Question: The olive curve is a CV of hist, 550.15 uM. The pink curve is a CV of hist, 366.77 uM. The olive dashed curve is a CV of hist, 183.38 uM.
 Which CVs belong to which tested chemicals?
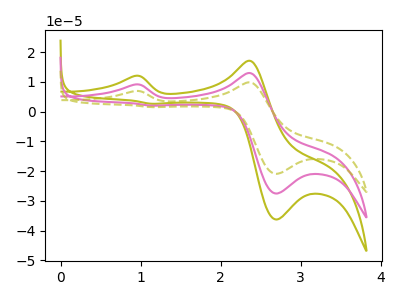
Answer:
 <answer>The olive curve is labeled "hist, 550.15 uM". The pink curve is labeled "hist, 366.77 uM". The olive dashed curve is labeled "hist, 183.38 uM".</answer>
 <eval></eval>